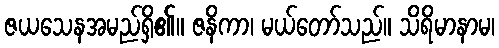
ဇယသေနအမည်ရှိ၏။ ဇနိကာ၊ မယ်တော်သည်။ သိရိမာနာမ၊